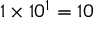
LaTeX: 1 \times 1 0 ^ { 1 } = 1 0